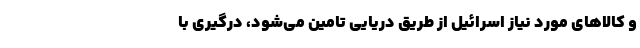
و کالاهای مورد نیاز اسرائیل از طریق دریایی تامین می‌شود، درگیری با